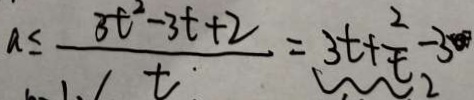
a \leq \frac { 3 t ^ { 2 } - 3 t + 2 } { t } = 3 t + \frac { 2 } { t } - 3